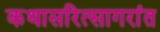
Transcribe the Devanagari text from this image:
कथासरित्सागरांत